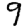
Digit: 9